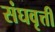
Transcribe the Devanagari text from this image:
संघवृत्ती